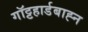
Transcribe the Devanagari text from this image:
गॉट्टहार्डबाह्न